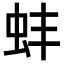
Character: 蚌